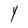
Character: Y